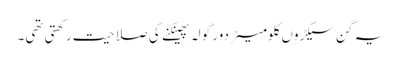
یہ گن سیکڑوں کلومیٹر دور گولہ پھینکنے کی صلاحیت رکھتی تھی۔